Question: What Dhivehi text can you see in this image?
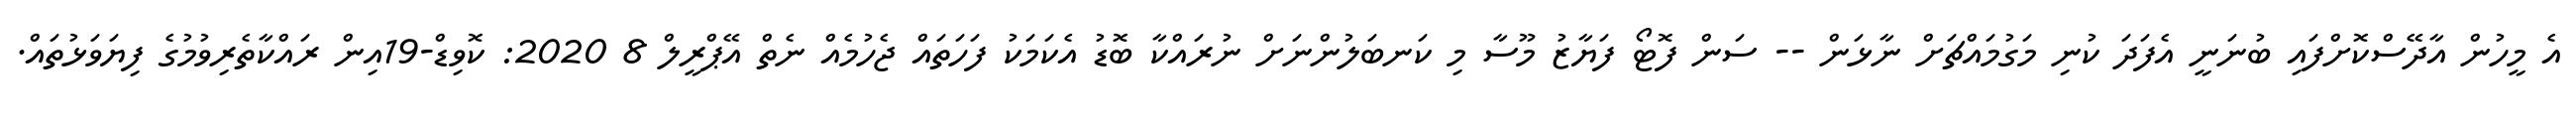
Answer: އެ މީހުން އާދޭސްކޮށްފައި ބުނަނީ އެފަދަ ކުނި މަގުމައްޗަށް ނާޅަން -- ސަން ފޮޓޯ ފަޔާޒު މޫސާ މި ކަނބަލުންނަށް ނުރައްކާ ބޮޑު އެކަމަކު ފަހަތައް ޖެހުމެއް ނެތް އޭޕްރީލް 8 2020: ކޮވިޑް-19އިން ރައްކާތެރިވުމުގެ ފިޔަވަޅުތައް.